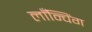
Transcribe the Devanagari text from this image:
लाँन्चिंग